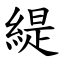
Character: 緹